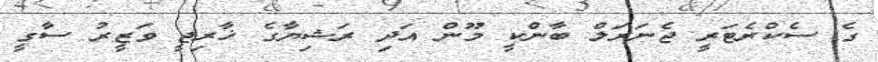
ގެ ސެކްރެޓަރީ ޖެނަރަލް ބާންކީ މޫން އަދި ރަޝިޔާގެ ޚާރިޖީ ވަޒީރު ސާގީ